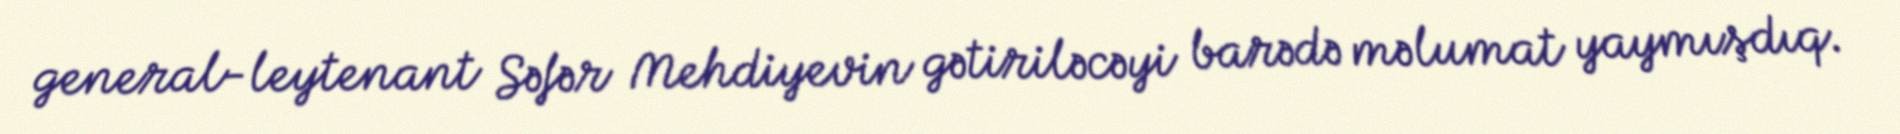
general-leytenant Səfər Mehdiyevin gətiriləcəyi barədə məlumat yaymışdıq.